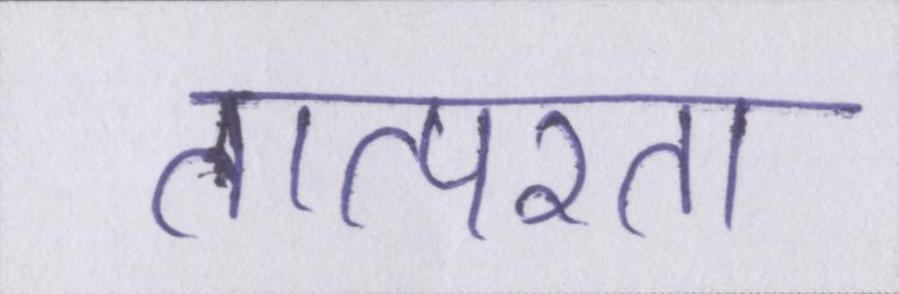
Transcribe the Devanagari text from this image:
तात्परता